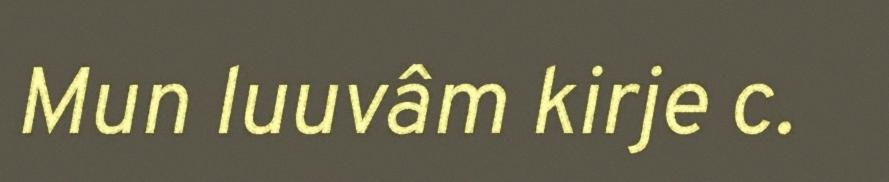
Mun luuvâm kirje c.